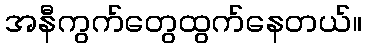
အနီကွက်တွေထွက်နေတယ်။